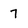
Character: 7